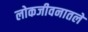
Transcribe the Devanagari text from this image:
लोकजीवनातले